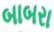
બાબરા